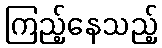
ကြည့်နေသည့်